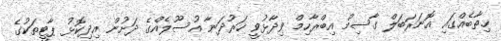
ޚިތާބެއްގައި އޮނަރަބަލް ގާސިމް އިބްރާހިމް ވިދާޅުވީ ހަރުދަނާ އުސޫލެއްގެ ދަށުން އިދިކޮޅު ޕާޓީތަކުގެ